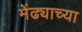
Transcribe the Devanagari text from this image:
मेंढ्याच्या